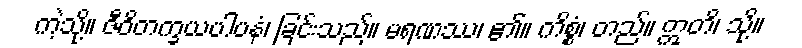
ကဲ့သို့။ ဇီဝိတက္ခယပါပနံ၊ ခြင်းသည်။ မရဏဿ၊ ၏။ ကိစ္စံ၊ တည်။ ဣတိ၊ သို့။